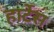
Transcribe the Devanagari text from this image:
हार्टेस